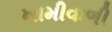
ખામીવાળી